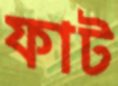
ফাট